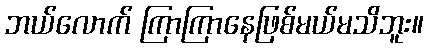
ဘယ်လောက် ကြာကြာနေဖြစ်မယ်မသိဘူး။